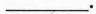
___.